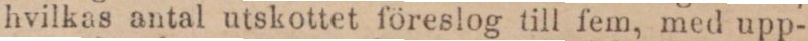
hvilkas antal utskottet föreslog till fem, med upp-